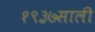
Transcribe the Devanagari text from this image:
१९३७साली